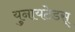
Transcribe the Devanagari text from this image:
युनायटेडस्